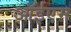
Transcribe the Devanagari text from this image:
ऑईएम